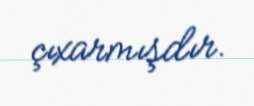
çıxarmışdır.